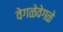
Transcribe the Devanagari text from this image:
वेगळेवेगळे